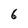
Character: 6